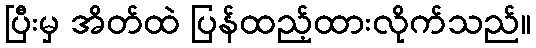
ပြီးမှ အိတ်ထဲ ပြန်ထည့်ထားလိုက်သည်။